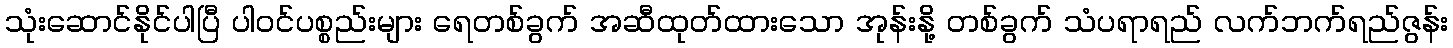
သုံးဆောင်နိုင်ပါပြီ ပါဝင်ပစ္စည်းများ ရေတစ်ခွက် အဆီထုတ်ထားသော အုန်းနို့ တစ်ခွက် သံပရာရည် လက်ဘက်ရည်ဇွန်း